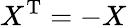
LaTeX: X^{\mathrm{{T}}}=-X